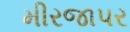
મીરજાપર